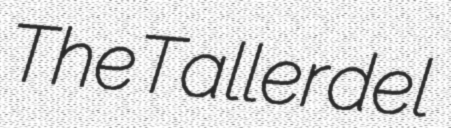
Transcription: The Taller del